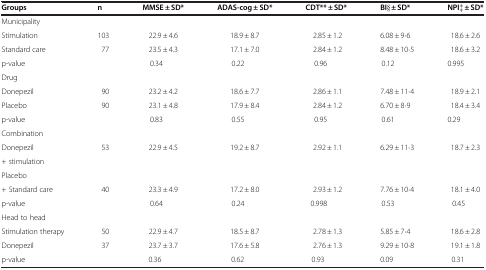
| Groups | n | MMSE ± SD* | ADAS-cog ± SD* | CDT** ± SD* | BI§ ± SD* | NPI‡ ± SD* |
 | --- | --- | --- | --- | --- | --- | --- |
 | Municipality |  |  |  |  |  |  |
 | Stimulation | 103 | 22.9 ± 4.6 | 18.9 ± 8.7 | 2.85 ± 1.2 | 6.08 ± 9·6 | 18.6 ± 2.6 |
 | Standard care | 77 | 23.5 ± 4.3 | 17.1 ± 7.0 | 2.84 ± 1.2 | 8.48 ± 10·5 | 18.6 ± 3.2 |
 | p-value |  | 0.34 | 0.22 | 0.96 | 0.12 | 0.995 |
 | Drug |  |  |  |  |  |  |
 | Donepezil | 90 | 23.2 ± 4.2 | 18.6 ± 7.7 | 2.86 ± 1.1 | 7.48 ± 11·4 | 18.9 ± 2.1 |
 | Placebo | 90 | 23.1 ± 4.8 | 17.9 ± 8.4 | 2.84 ± 1.2 | 6.70 ± 8·9 | 18.4 ± 3.4 |
 | p-value |  | 0.83 | 0.55 | 0.95 | 0.61 | 0.29 |
 | Combination |  |  |  |  |  |  |
 | Donepezil | 53 | 22.9 ± 4.5 | 19.2 ± 8.7 | 2.92 ± 1.1 | 6.29 ± 11·3 | 18.7 ± 2.3 |
 | + stimulation |  |  |  |  |  |  |
 | Placebo |  |  |  |  |  |  |
 | + Standard care | 40 | 23.3 ± 4.9 | 17.2 ± 8.0 | 2.93 ± 1.2 | 7.76 ± 10·4 | 18.1 ± 4.0 |
 | p-value |  | 0.64 | 0.24 | 0.998 | 0.53 | 0.45 |
 | Head to head |  |  |  |  |  |  |
 | Stimulation therapy | 50 | 22.9 ± 4.7 | 18.5 ± 8.7 | 2.78 ± 1.3 | 5.85 ± 7·4 | 18.6 ± 2.8 |
 | Donepezil | 37 | 23.7 ± 3.7 | 17.6 ± 5.8 | 2.76 ± 1.3 | 9.29 ± 10·8 | 19.1 ± 1.8 |
 | p-value |  | 0.36 | 0.62 | 0.93 | 0.09 | 0.31 |